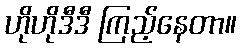
ဟိုဟိုဒီဒီ ကြည့်နေတာ။